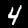
Label: 4